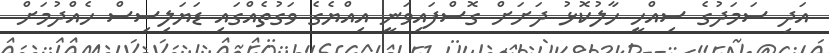
އަދި ސަމަދުގެ ސިއްހީ ހާލުކޮޅު ދަށަށް ގޮސްފައިވަނީ އިއްޔެގެ ވަގުތެއްގައި ޑަޔަލިސިސް ހެއްދުމަށް